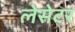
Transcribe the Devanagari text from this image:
लेसेटर